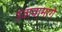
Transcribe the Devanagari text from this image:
उठावामागे